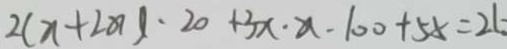
2 ( x + 2 0 ) \cdot 2 0 + 3 x \cdot x - 1 0 0 + 5 x = 2 6